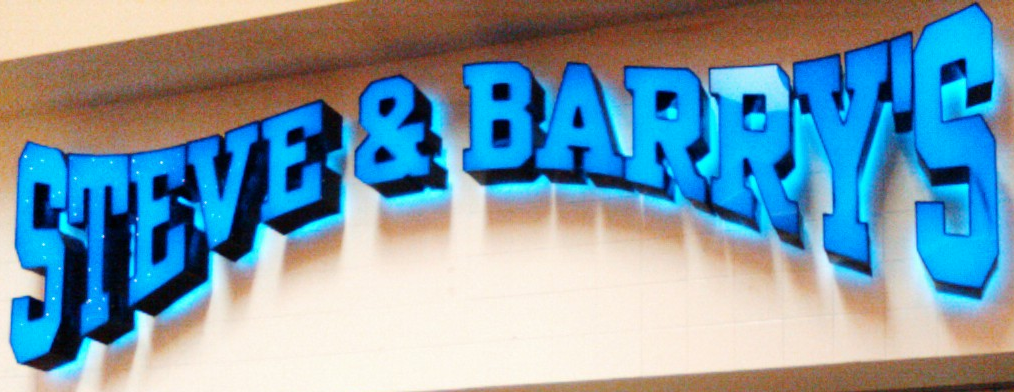
STEVE & BARRY'S